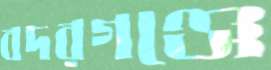
বদরগঞ্জে